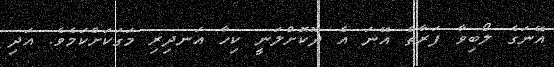
އޭނަގެ ލޯބިވާ ފަރާތް އޭނަ އެ ދޫކޮށްލަނީ ކިހާ އަނދިރި މަގަކަށްކަމެވެ. އަދި